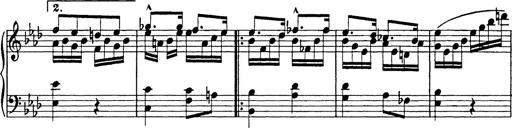
Title: 8 Variations
Composer: Franz Liszt
Key: A-flat major